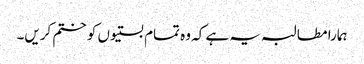
ہمارا مطالبہ یہ ہے کہ وہ تمام بستیوں کو ختم کریں۔